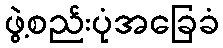
ဖွဲ့စည်းပုံအခြေခံ